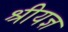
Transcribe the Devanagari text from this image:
श्रीयज्ञ